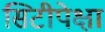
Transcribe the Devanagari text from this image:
सिटीपेक्षा